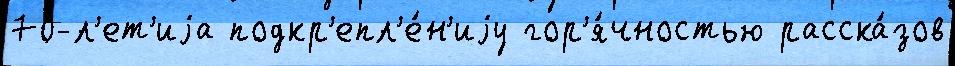
70-л'ет'иjа подкр'епл'е́н'иjу гор'я́чностью расска́зов